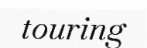
touring